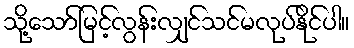
သို့သော်မြင့်လွန်းလျှင်သင်မလုပ်နိုင်ပါ။